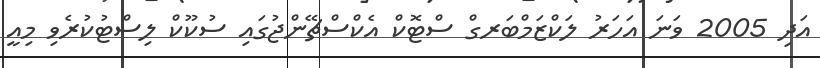
އަދި 2005 ވަނަ އަހަރު ލަކްޒަމްބަރގް ސްޓޮކް އެކްސްޗޭންޖުގައި ސުކޫކް ލިސްޓުކުރެވި މިއީ